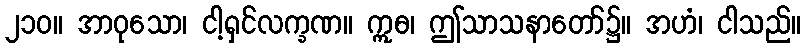
၂၁၀။ အာဝုသော၊ ငါ့ရှင်လက္ခဏ။ ဣဓ၊ ဤသာသနာတော်၌။ အဟံ၊ ငါသည်။